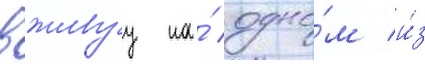
вживуу на́ одно́м и́з